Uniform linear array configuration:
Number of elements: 8
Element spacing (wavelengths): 0.5
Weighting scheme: uniform
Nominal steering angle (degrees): -45
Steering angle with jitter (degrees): -46.858
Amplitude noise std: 0.05
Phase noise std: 0.05

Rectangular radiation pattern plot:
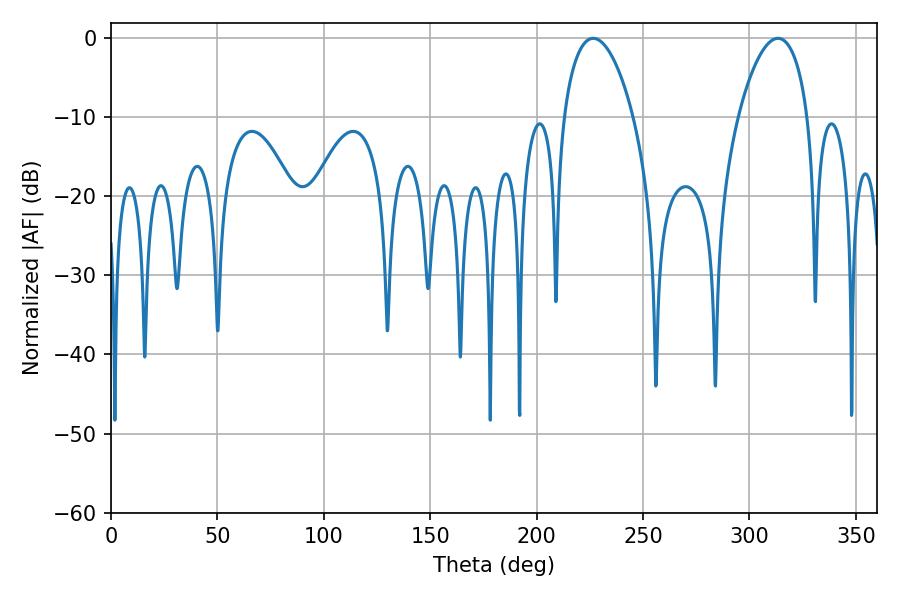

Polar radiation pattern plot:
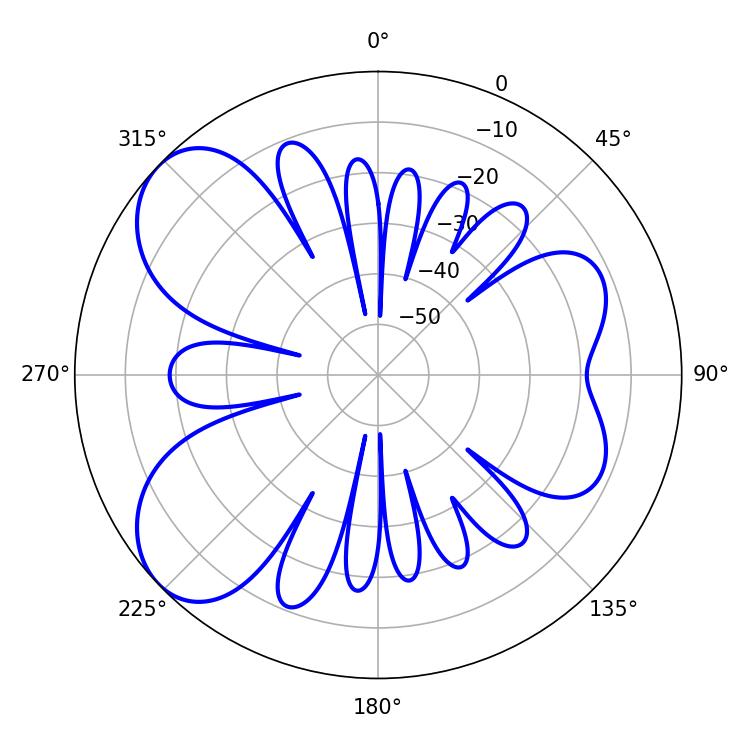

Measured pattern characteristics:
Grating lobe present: FALSE
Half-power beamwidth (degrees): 18.54
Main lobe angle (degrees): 226.62